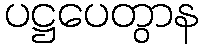
ပဋ္ဌပေတွာန